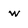
Character: w